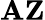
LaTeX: {\boldsymbol{\mathbf{A}}}\mathbf{{Z}}